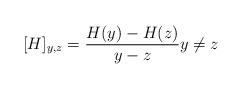
LaTeX: \begin{align*}[H]_{y,z}=\frac{H(y)-H(z)}{y-z} y \ne z\end{align*}